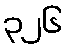
၃၂၆